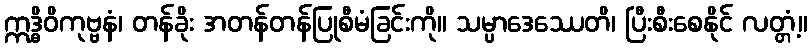
ဣဒ္ဓိဝိကုဗ္ဗနံ၊ တန်ခိုး အတန်တန်ပြုစီမံခြင်းကို။ သမ္ပာဒေဿေတိ၊ ပြီးစီးစေနိုင် လတ္တံ့။